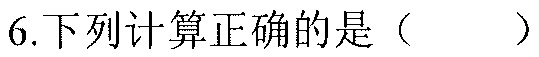
6.下列计算正确的是（  ）